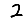
Digit: 2